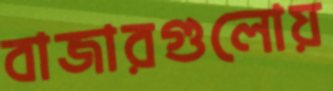
বাজারগুলোয়